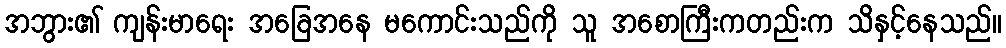
အဘွား၏ ကျန်းမာရေး အခြေအနေ မကောင်းသည်ကို သူ အစောကြီးကတည်းက သိနှင့်နေသည်။